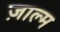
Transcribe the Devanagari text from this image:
ज़ाल्म